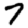
Digit: 7